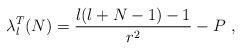
LaTeX: \begin{align*}\lambda^{T}_{l}(N)=\frac{l(l+N-1)-1}{r^{2}}-P\ ,\end{align*}